Bréfritari: Andrés Vigfússon Fjeldsted
Viðtakandi: Jón Borgfirðings Jónsson
Dagsetning: A-1852-12-06
Skrifað á: Hvítárvöllum (Völlum)  Borg.

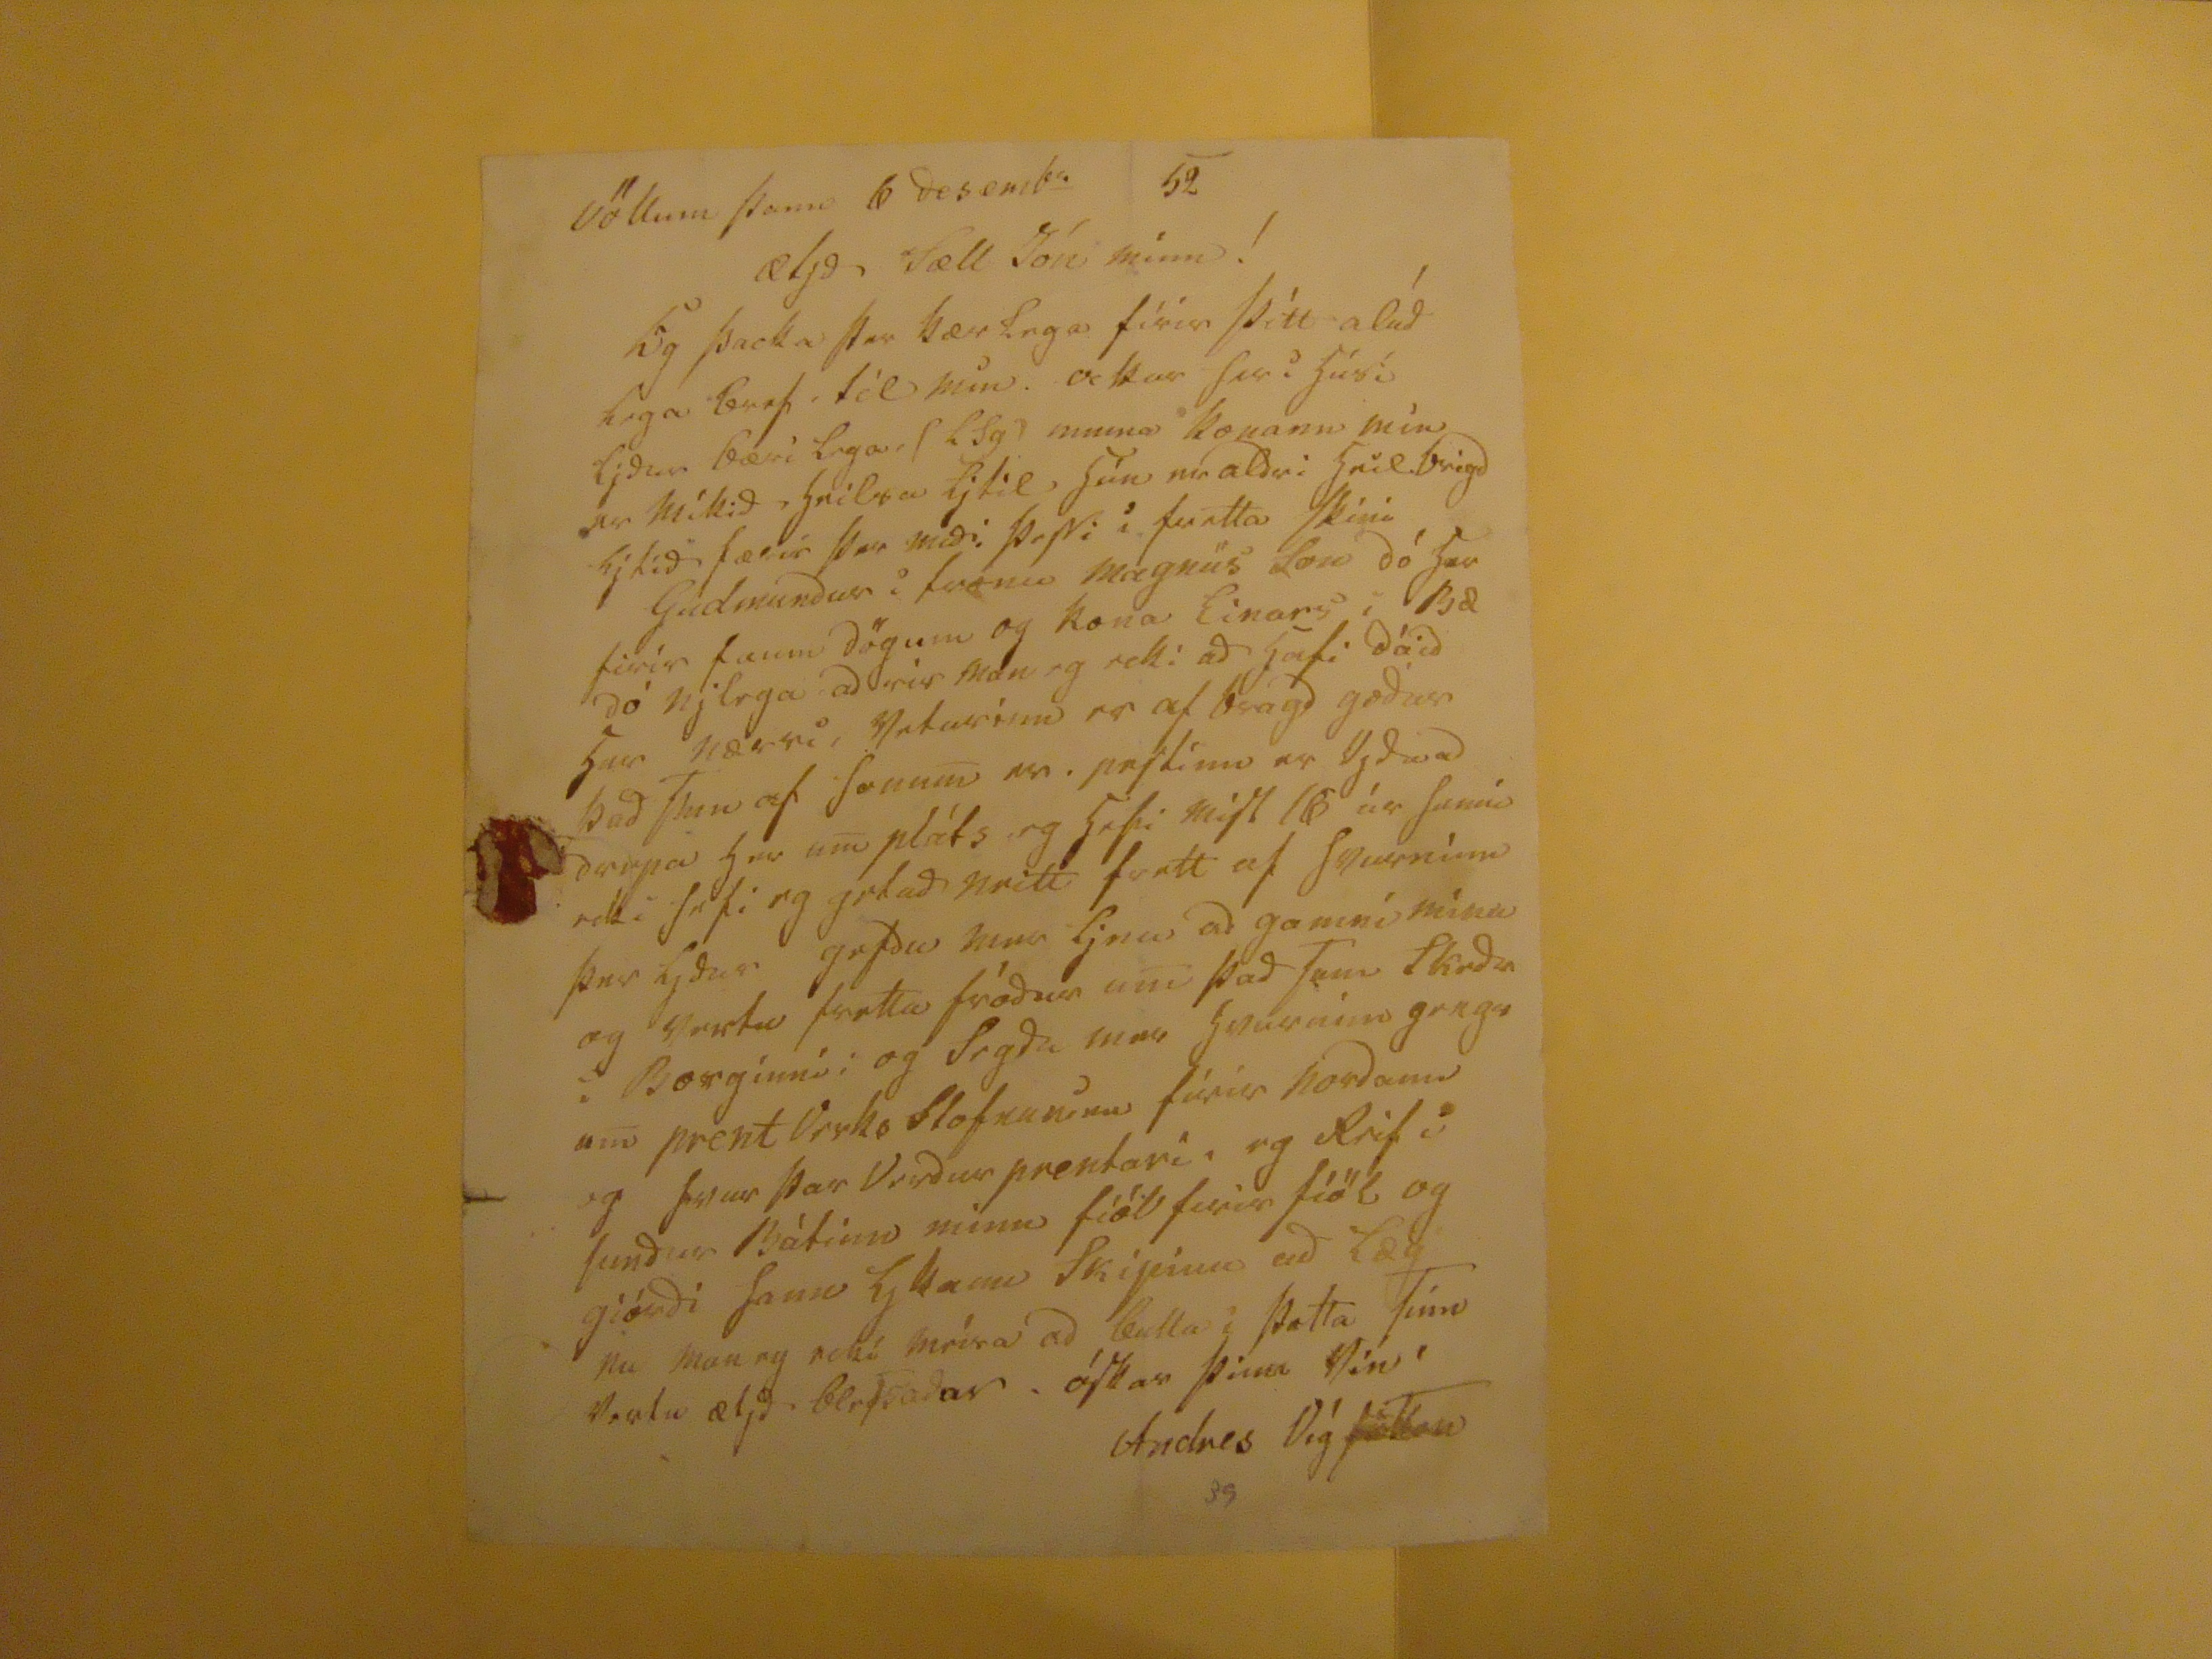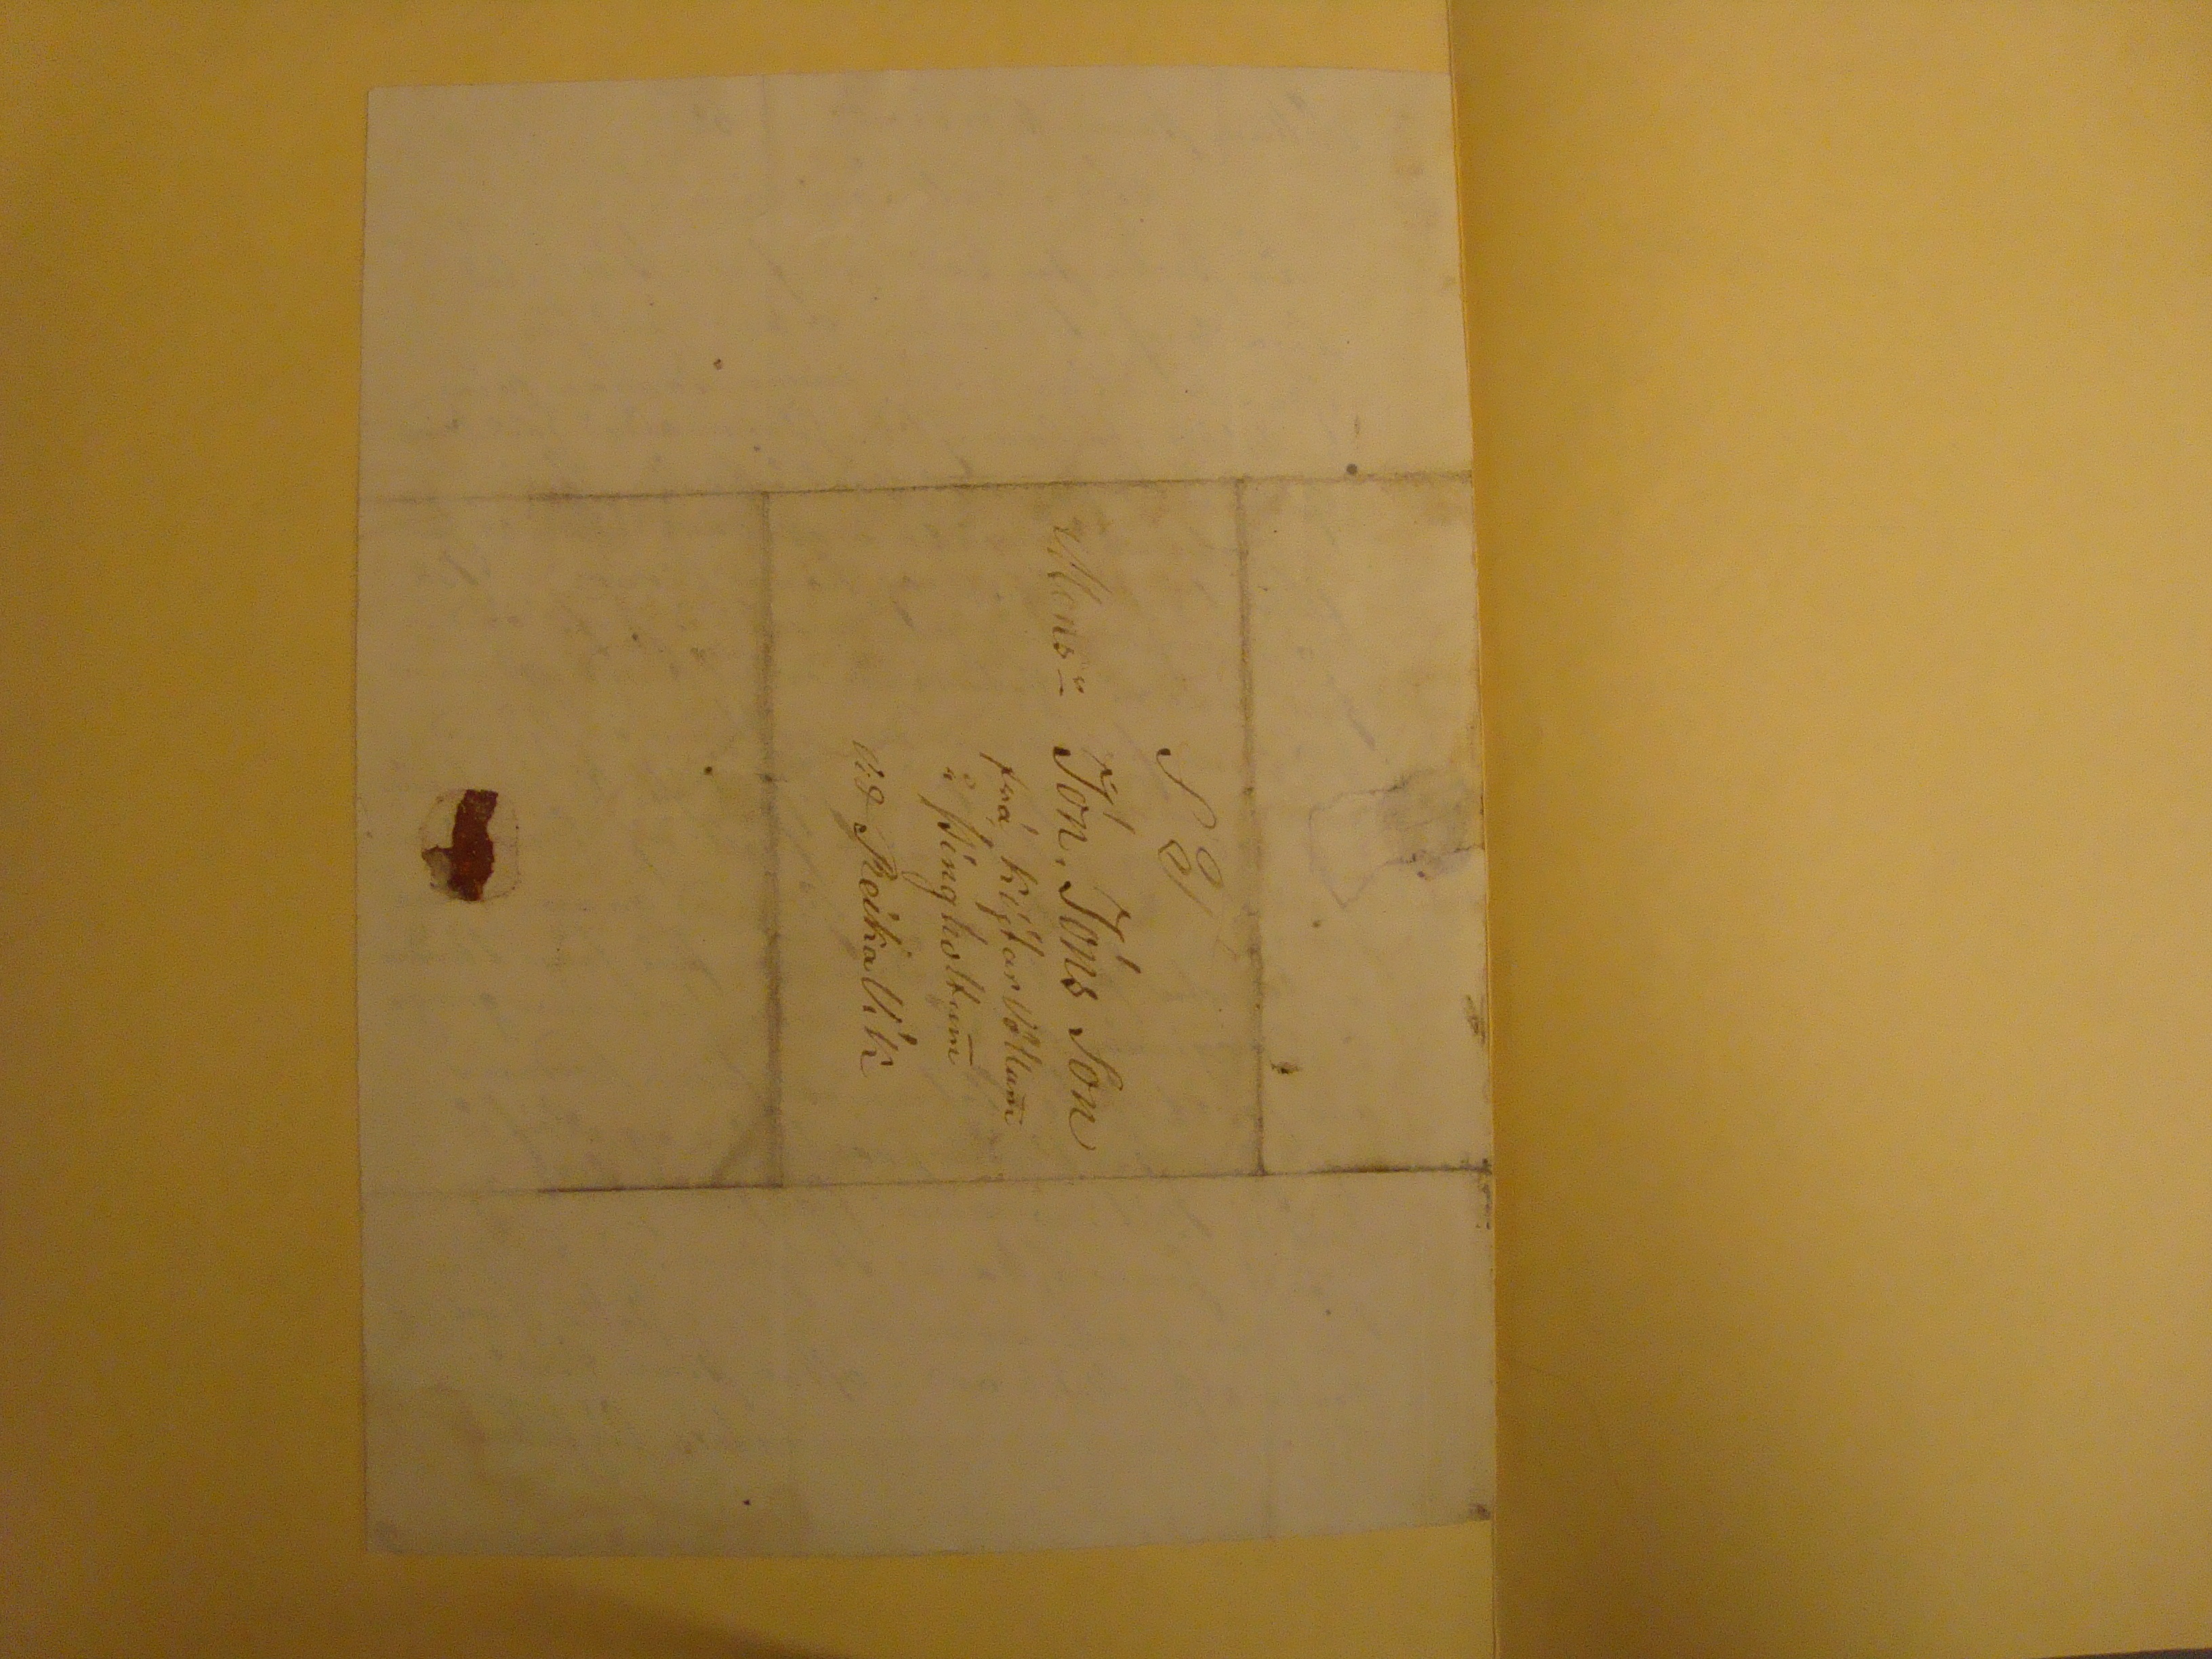

Völlum þann 6 desemb- 52
ætyð Sæll Jón minn !
Eg þacka þer kærlega fírir þítt alúðlega bref til min. ockur her i húsi lyður bærilega,
( LSg)
muna konann mín er míkið hrilsa ljtil hún ma aldri heilbrigð ljtið færir þar meði. þepi i þiatta skini Gudmundur i fromo magnús Son dó her firir faum dögum og kona Einars i Bæ dó njlega aðrir man eg ecki að hafi dáið har nærri, Veturinn er af bragð goður það sem af honum er. pestinn er Vjða að drepa her um pláts og hefi mist
18
úr heni ecki hefi eg getað neitt frett af hvurnínn þer ljður gefðu mer ljnu að gamní mínu og vertu fretta fróður um það sem skeðu í Borgínni i og segðu mer hvurním gengu um prentVerka Stofnunina fúrir norðann eg frimur þar Verður prentari. eg Reif i sundur Bátinn minn fiöl furir fiöl og giörði hann
hjkann
skipinu að læg nu man eg ecki meíra að bulla i þetta sinn Vertu ætjð blessaður. óskar þinn Vin
Andres Vigfusson
39
S T
Mens-
Jón Jóns son
frá KíjtarVöllum í Þingholtum við ReikaVík